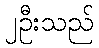
၂ဦးသည်